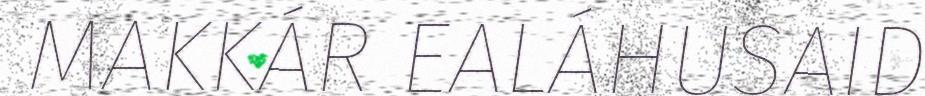
MAKKÁR EALÁHUSAID